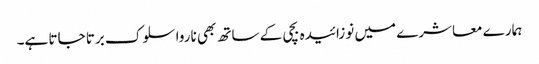
ہمارے معاشرے میں نوزائیدہ بچی کے ساتھ بھی ناروا سلوک برتا جاتا ہے۔